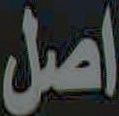
اصل